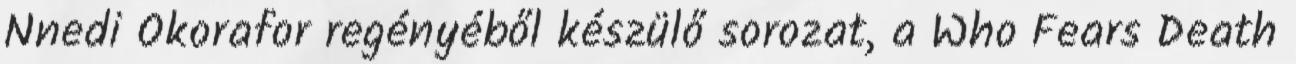
Nnedi Okorafor regényéből készülő sorozat, a Who Fears Death